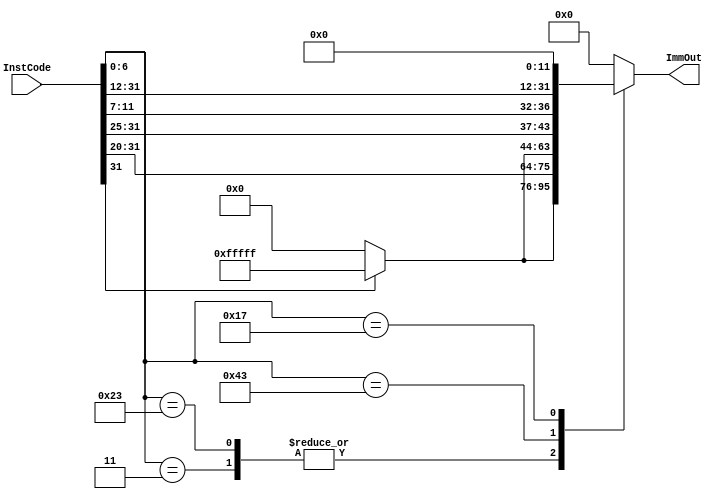
module ImmGen(InstCode, ImmOut);
input [31:0] InstCode;
output reg [31:0] ImmOut;

always @(InstCode)
begin 
	case (InstCode[6:0])
	7'b0000_0011 : ImmOut = {InstCode[31] ? {20{1'b1}} : 20'b0, InstCode[31:20]};
	7'b0010_0011 : ImmOut = {InstCode[31] ? {20{1'b1}} : 20'b0, InstCode[31:20]};
	7'b0100_0011 : ImmOut = {InstCode[31] ? {20{1'b1}} : 20'b0, InstCode[31:25], InstCode[11:7]};
	7'b0001_0111 : ImmOut = {InstCode[31:12], 12'b0};
	default 			ImmOut = {32'b0};
	endcase
end

endmodule